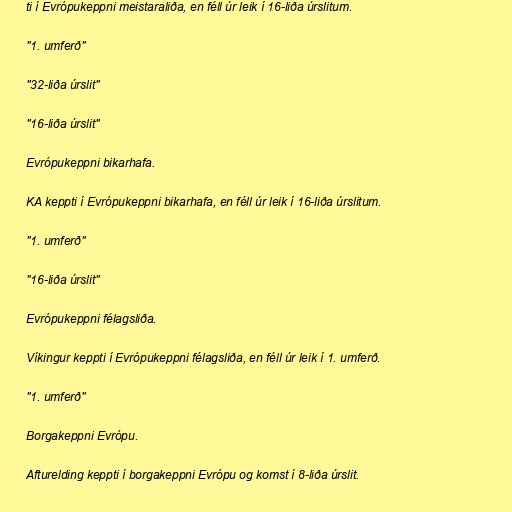
ti í Evrópukeppni meistaraliða, en féll úr leik í 16-liða úrslitum.

"1. umferð"

"32-liða úrslit"

"16-liða úrslit"

Evrópukeppni bikarhafa.

KA keppti í Evrópukeppni bikarhafa, en féll úr leik í 16-liða úrslitum.

"1. umferð"

"16-liða úrslit"

Evrópukeppni félagsliða.

Víkingur keppti í Evrópukeppni félagsliða, en féll úr leik í 1. umferð.

"1. umferð"

Borgakeppni Evrópu.

Afturelding keppti í borgakeppni Evrópu og komst í 8-liða úrslit.